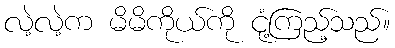
လဲ့လဲ့က မိမိကိုယ်ကို ငုံ့ကြည့်သည်။